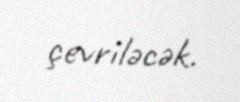
çevriləcək.